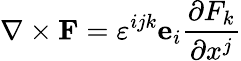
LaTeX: \nabla\times\mathbf{F}=\varepsilon^{ijk}\mathbf{e}_{i}{\frac{\partial F_{k}}{\partial x^{j}}}